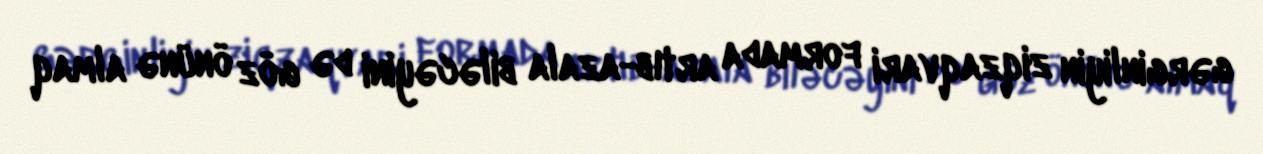
gərginliyin ziqzaqvari formada artıb-azala biləcəyini də göz önünə almaq